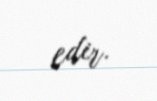
edir.